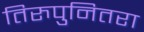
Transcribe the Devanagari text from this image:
तिरुपुनितरा